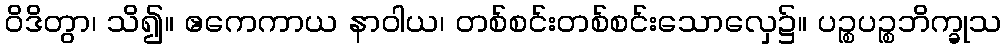
ဝိဒိတွာ၊ သိ၍။ ဧကေကာယ နာဝါယ၊ တစ်စင်းတစ်စင်းသောလှေ၌။ ပဉ္စပဉ္စဘိက္ခုသ